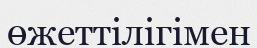
өжеттілігімен